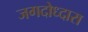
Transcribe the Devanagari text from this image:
जगदोध्दारा